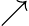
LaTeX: \nearrow